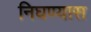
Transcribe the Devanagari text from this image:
निघण्यास